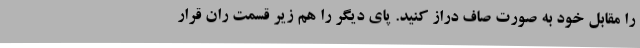
را مقابل خود به صورت صاف دراز کنید. پای دیگر را هم زیر قسمت ران قرار